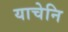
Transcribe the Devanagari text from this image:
याचेनि